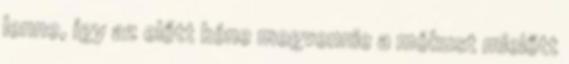
lenne, így az előtt kéne megvennie a mókust mielőtt